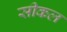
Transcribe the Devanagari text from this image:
सीकल